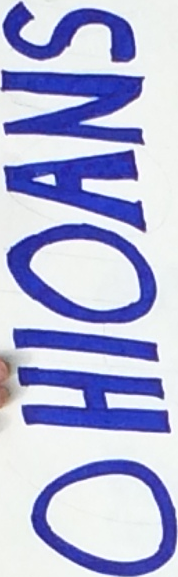
OHIOANS